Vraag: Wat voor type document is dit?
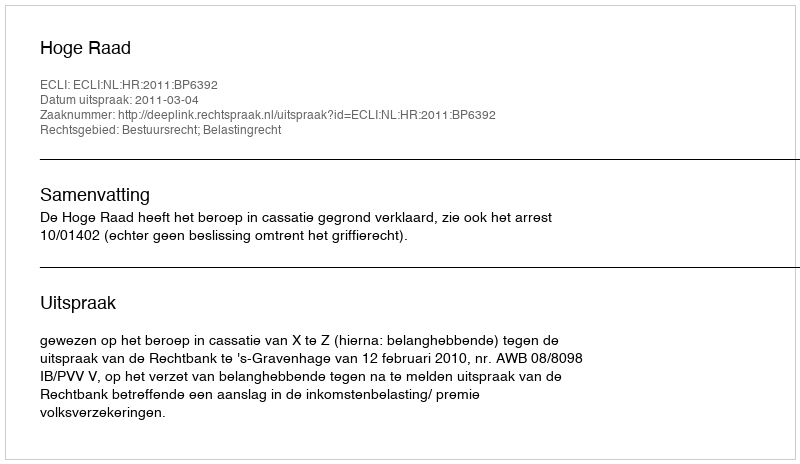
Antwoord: Uitspraak